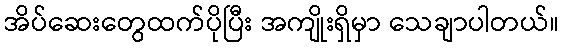
အိပ်ဆေးတွေထက်ပိုပြီး အကျိုးရှိမှာ သေချာပါတယ်။